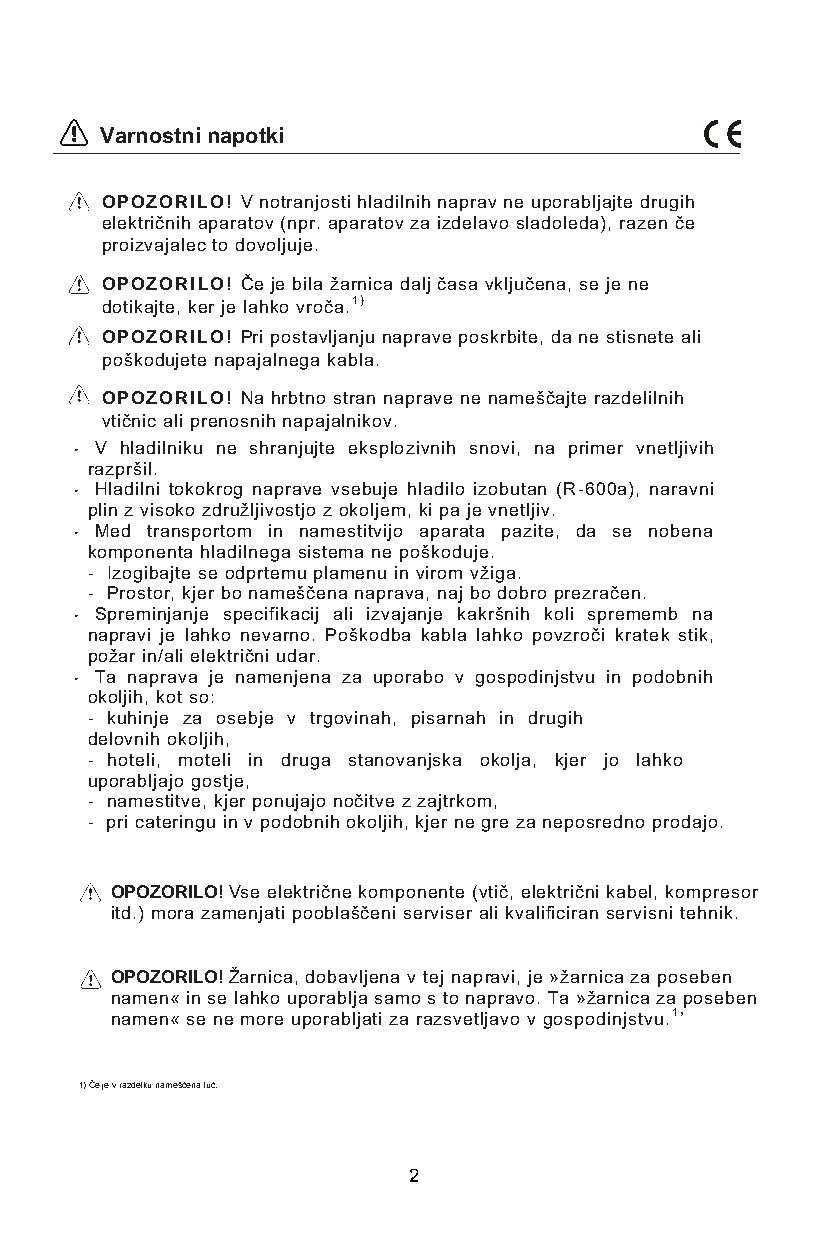
Varnostni napotki
 OPOZORILO! V notranjosti hladilnih naprav ne uporabljajte drugih
 električnih aparatov (npr. aparatov za izdelavo sladoleda), razen če
 proizvajalec to dovoljuje.
 OPOZORILO! Če je bila žarnica dalj časa vključena, se je ne
 dotikajte, ker je lahko vroča.1)
 OPOZORILO! Pri postavljanju naprave poskrbite, da ne stisnete ali
 poškodujete napajalnega kabla.
 OPOZORILO! Na hrbtno stran naprave ne nameščajte razdelilnih
 vtičnic ali prenosnih napajalnikov.
 • V hladilniku ne shranjujte eksplozivnih snovi, na primer vnetljivih
 razpršil.
 • Hladilni tokokrog naprave vsebuje hladilo izobutan (R-600a), naravni
 plin z visoko združljivostjo z okoljem, ki pa je vnetljiv.
 • Med transportom in namestitvijo aparata pazite, da se nobena
 komponenta hladilnega sistema ne poškoduje.
 - Izogibajte se odprtemu plamenu in virom vžiga.
 - Prostor, kjer bo nameščena naprava, naj bo dobro prezračen.
 • Spreminjanje specifikacij ali izvajanje kakršnih koli sprememb na
 napravi je lahko nevarno. Poškodba kabla lahko povzroči kratek stik,
 požar in/ali električni udar.
 • Ta naprava je namenjena za uporabo v gospodinjstvu in podobnih
 okoljih, kot so:
 - kuhinje za osebje v trgovinah, pisarnah in drugih
 delovnih okoljih,
 - hoteli, moteli in druga stanovanjska okolja, kjer jo lahko
 uporabljajo gostje,
 - namestitve, kjer ponujajo nočitve z zajtrkom,
 - pri cateringu in v podobnih okoljih, kjer ne gre za neposredno prodajo.
 OPOZORILO! Vse električne komponente (vtič, električni kabel, kompresor
 itd.) mora zamenjati pooblaščeni serviser ali kvalificiran servisni tehnik.
 OPOZORILO! Žarnica, dobavljena v tej napravi, je »žarnica za poseben
 namen« in se lahko uporablja samo s to napravo. Ta »žarnica za poseben
 namen« se ne more uporabljati za razsvetljavo v gospodinjstvu.1’
 1) Če je v razdelku nameščena luč.
 2